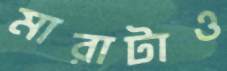
মারাটাও